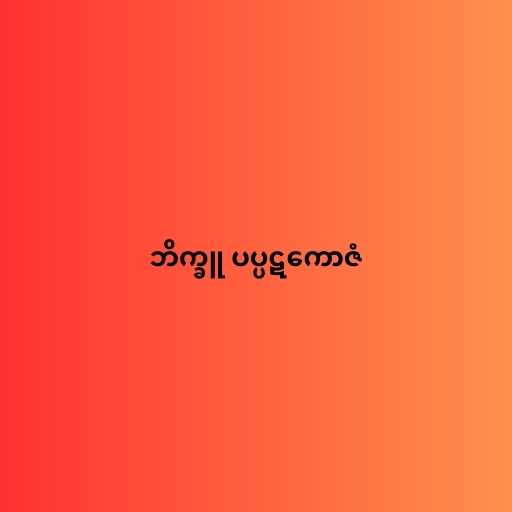
ဘိက္ခူ ပပ္ပဋကောဇံ